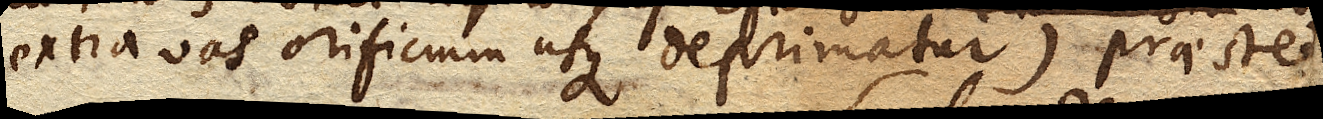
extra vas orificium usque deprimatur) praestet